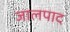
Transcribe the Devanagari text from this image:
जालपाद